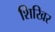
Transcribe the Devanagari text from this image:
शिखिर